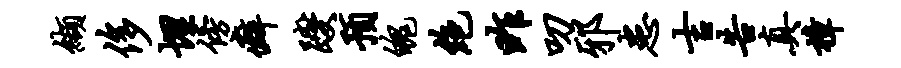
缬侈埋傍癖躞预魄绝昨叨邪患吉告真樟